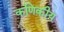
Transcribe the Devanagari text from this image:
कणिकीय